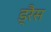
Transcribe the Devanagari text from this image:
ड्रैस